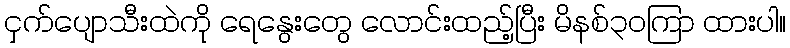
ငှက်ပျောသီးထဲကို ရေနွေးတွေ လောင်းထည့်ပြီး မိနစ်၃၀ကြာ ထားပါ။